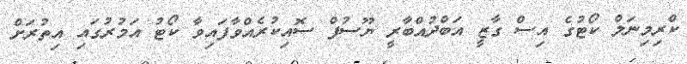
ކްރިމިނަލް ކޯޓުގެ އިސް ގާޒީ އަބްދުއްބާރީ ޔޫސުފް ސޮއިކުރެއްވާފައިވާ ކޯޓު އަމުރުގައި އިތުރަށް